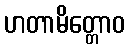
ဟတာမိတ္တောဝ